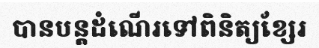
បានបន្តដំណើរទៅពិនិត្យខ្សែរ